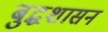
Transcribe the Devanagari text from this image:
बुद्धशासन